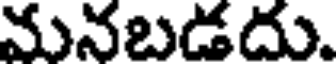
మనబడదు.